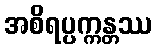
အစိရပ္ပက္ကန္တဿ